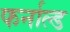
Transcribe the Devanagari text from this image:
फर्नाल्ड